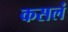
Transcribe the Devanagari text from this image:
कसलं